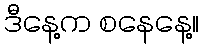
ဒီနေ့က စနေနေ့။